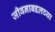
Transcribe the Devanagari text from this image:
जीवनाबद्दलच्या